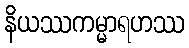
နိယဿကမ္မာရဟဿ